Riigikantselei, lk 306
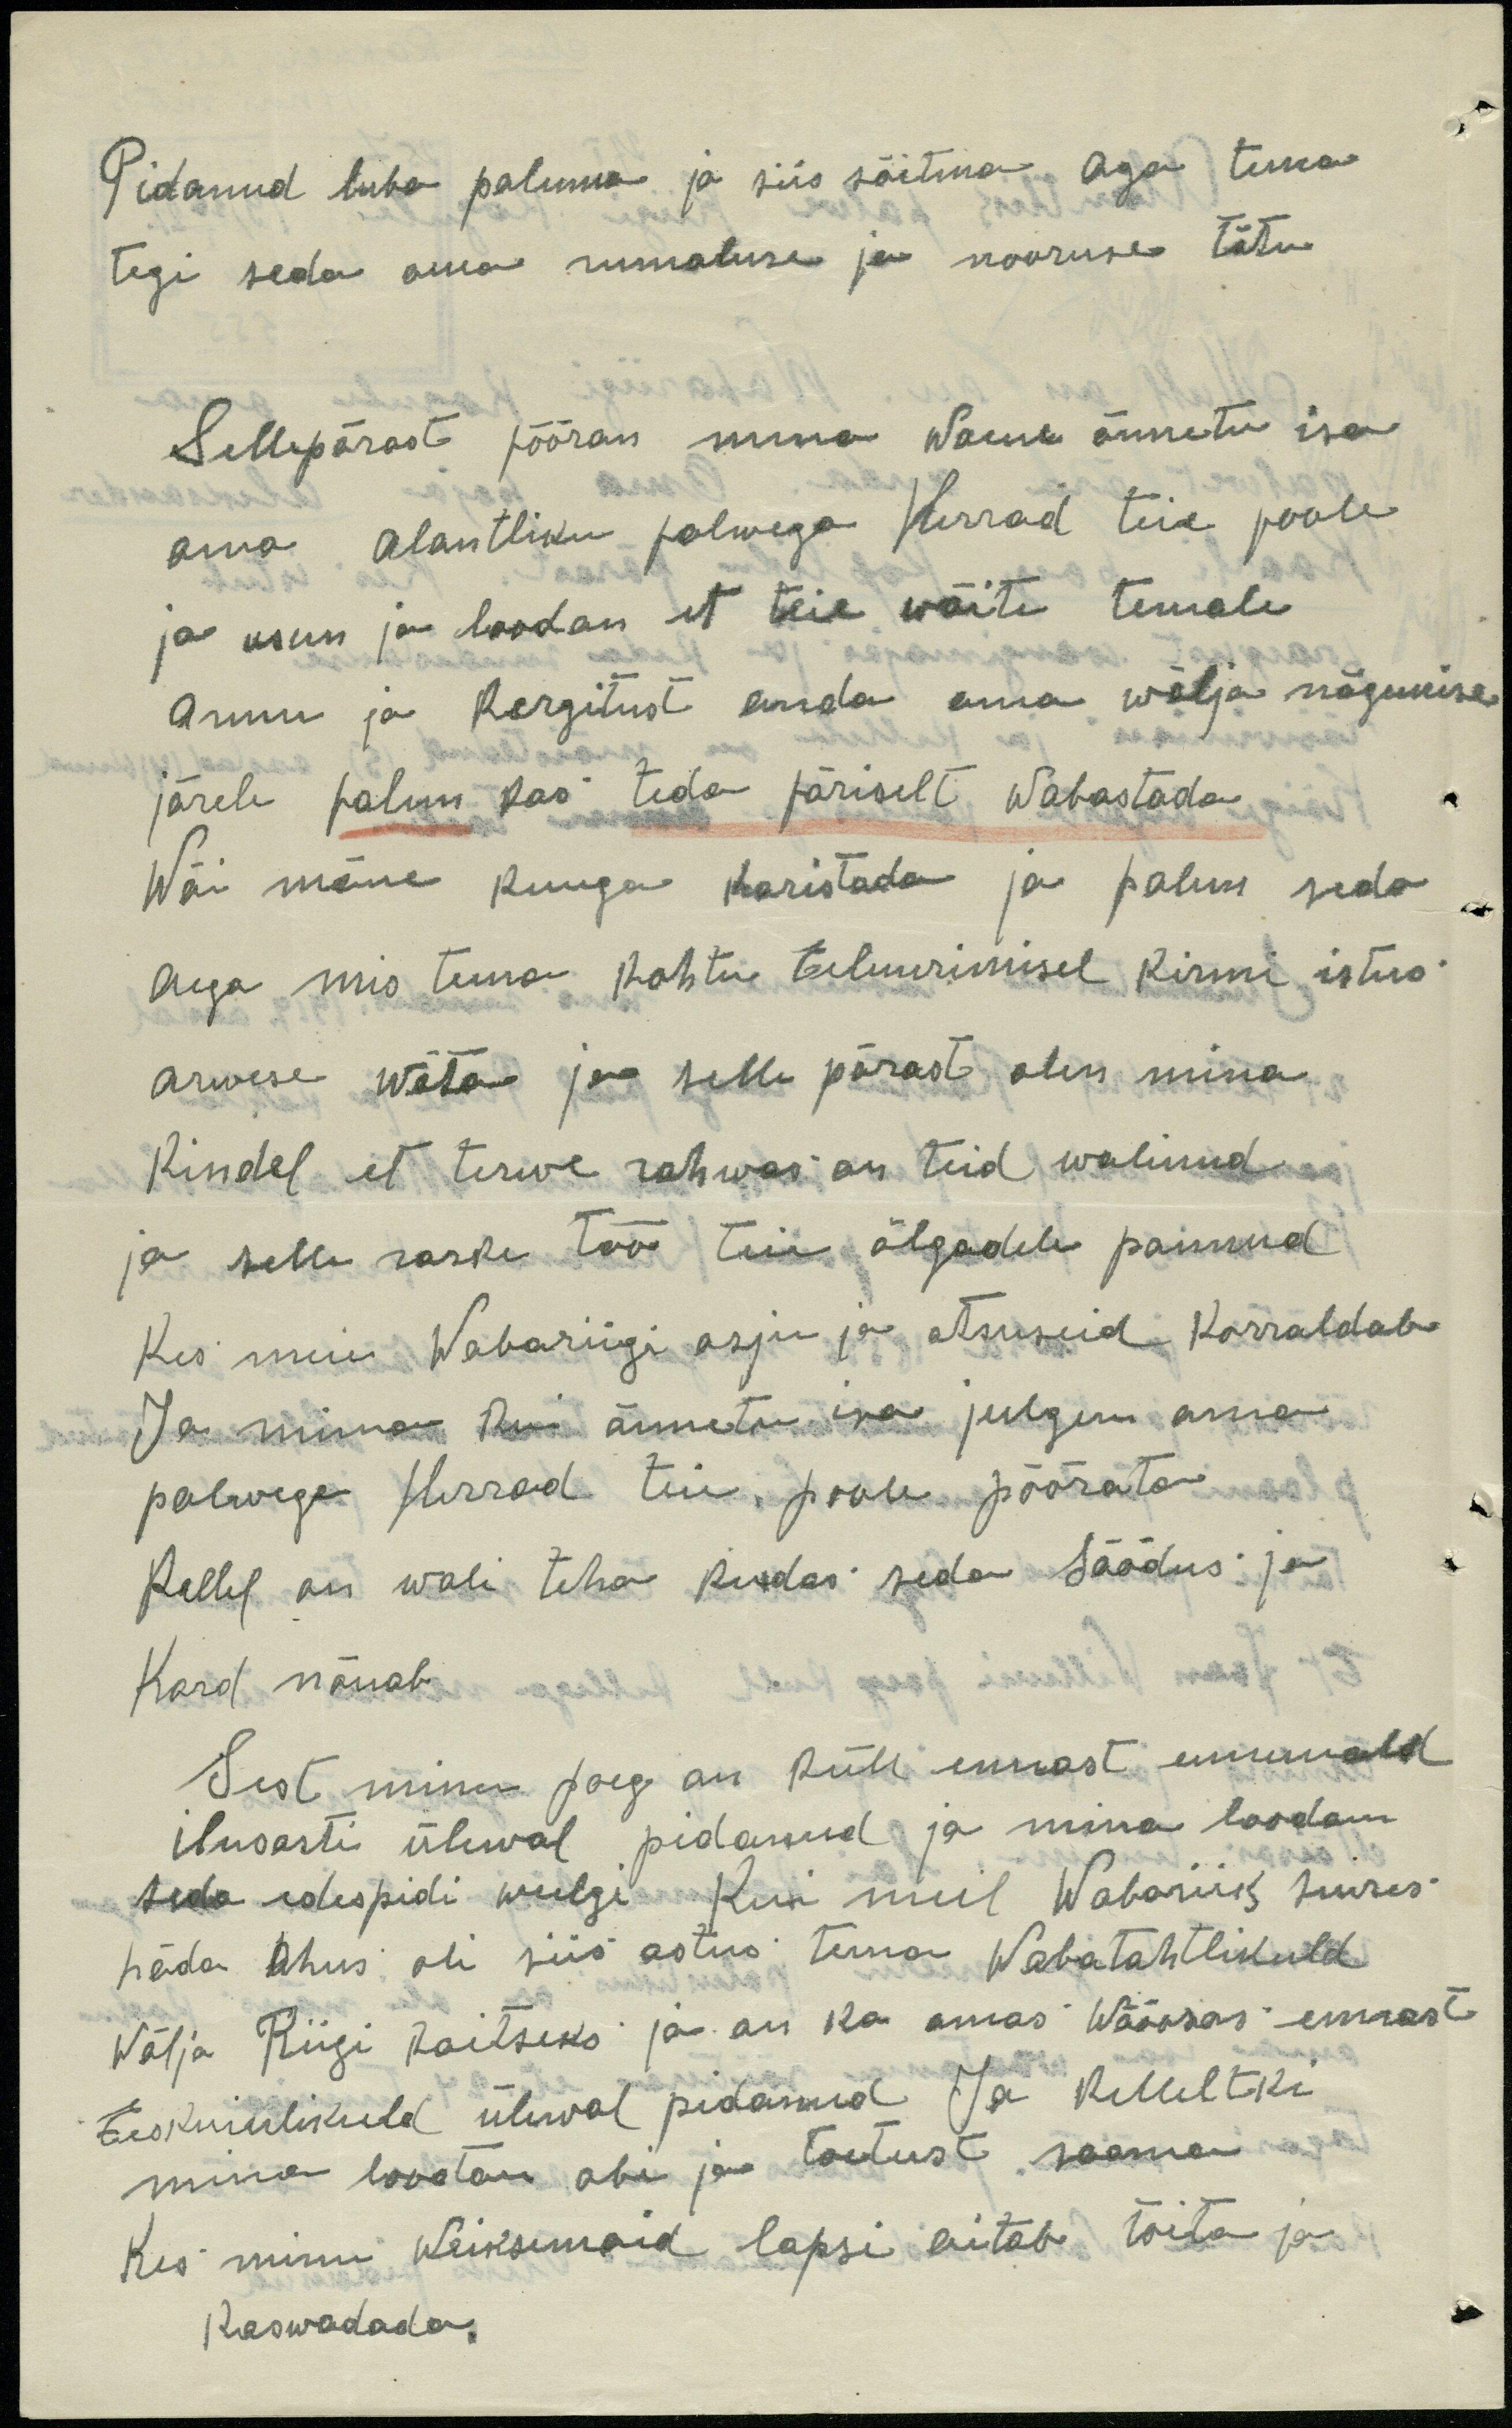
Pidanud luba paluma ja siis sõitma. Aga tema
tegi seda oma rumaluse ja nooruse tõtu.
Sellepärast pööran mina waene õnnetu isa
oma alantliku palwega Herrad teie poole
ja usun ja loodan, et teie wõite temale
Armu ja kergitust anda oma wälja nägemise
järele palun kas teda päriselt wabastada
Wõi mõne kuuga karistada ja palun seda
Aega mis tema kohtu Eeluurimisel kinni istus-
arwese wõta ja selle pärast olin mina
Kindel et terwe rahwas on teid walinud.
ja selle raske töö teie õlgadele pannud
Kes meie Wabariigi asju ja otsuseid korraldab
Ja mina kui õnnetu isa julgem oma
palwega herrad teie, poole pöörata.
Kellel on woli teha kuidas seda säädus ja
Kord nõuab
Sest minu poeg on küll ennast ennemald
ilusasti ülewal pidanud ja mina loodan
seda edespidi weelgi kui meil Wabariik suures
häda Ohus oli siis astus tema Wabatahtlikuld
Wälja Riigi kaitseks ja on ka omas Wäeosas ennast
Eeskuiulikult ülewal pidanud Ja kelleltki
mina lootan abi ja toetust saama.
Kes minu weiksemaid lapsi aitab toita ja
kaswadada.